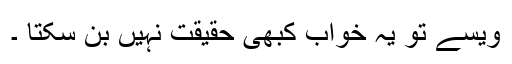
ویسے تو یہ خواب کبھی حقیقت نہیں بن سکتا ۔